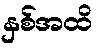
နှစ်အထိ